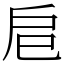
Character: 𢨪